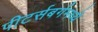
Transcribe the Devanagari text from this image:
पीटर्सबर्गमध्ये